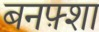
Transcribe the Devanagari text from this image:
बनफ़्शा